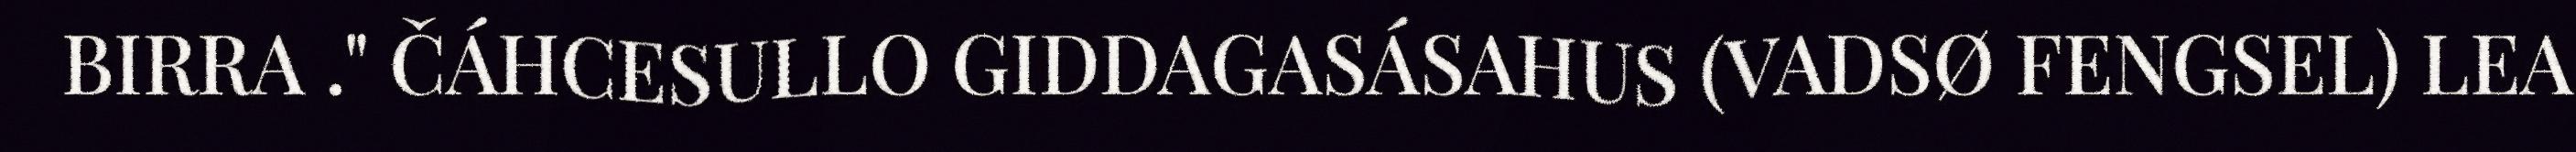
BIRRA ." ČÁHCESULLO GIDDAGASÁSAHUS (VADSØ FENGSEL) LEA